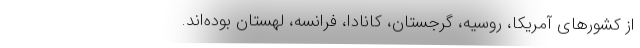
از کشورهای آمریکا، روسیه، گرجستان، کانادا، فرانسه، لهستان بوده‌اند.